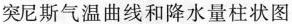
突尼斯气温曲线和降水量柱状图